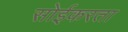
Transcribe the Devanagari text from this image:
सोईकरता